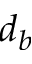
d _ { b }